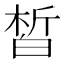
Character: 皙